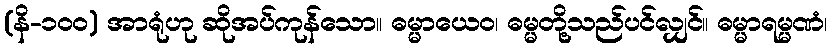
(နိ-၁၀၀) အာရုံဟု ဆိုအပ်ကုန်သော။ ဓမ္မာယေဝ၊ ဓမ္မတို့သည်ပင်လျှင်။ ဓမ္မာရမ္မဏံ၊